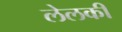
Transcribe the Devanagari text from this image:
लेलकी